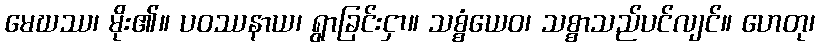
မေဃဿ၊ မိုး၏။ ပဝဿနာယ၊ ရွာခြင်းငှာ။ သစ္စံယေဝ၊ သစ္စာသည်ပင်လျင်။ ဟေတု၊